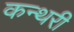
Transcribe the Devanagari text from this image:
कन्थरी